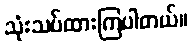
သုံးသပ်ထားကြပါတယ်။